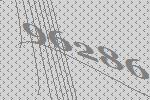
96286